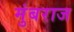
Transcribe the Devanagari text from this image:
मुंबराज